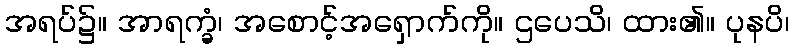
အရပ်၌။ အာရက္ခံ၊ အစောင့်အရှောက်ကို။ ဌပေသိ၊ ထား၏။ ပုနပိ၊